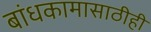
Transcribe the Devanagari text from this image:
बांधकामासाठीही